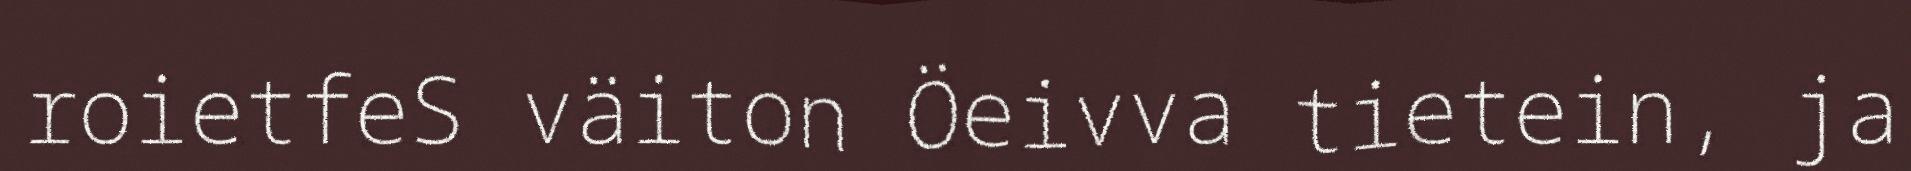
roietfeS väiton Öeivva tietein, ja